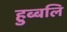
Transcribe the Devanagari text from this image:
हुब्बलि